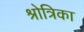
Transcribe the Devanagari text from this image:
श्रोत्रिका